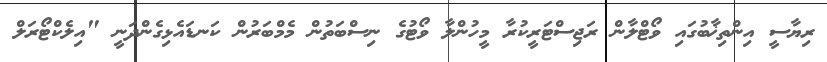
ރިޔާސީ އިންތިޚާބުގައި ވޯޓްލާން ރަޖިސްޓަރީކުރާ މީހުންލާ ވޯޓުގެ ނިސްބަތުން މެމްބަރުން ކަނޑައެޅިގެންދަނީ "އިލެކްޓޯރަލް